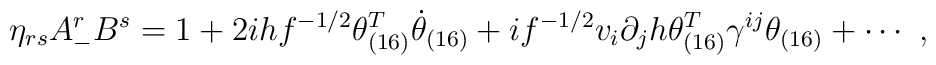
\eta_{rs} A^r_- B^s = 1 + 2ih f^{-1/2}\theta^T_{(16)} \dot{\theta}_{(16)}+ i f^{-1/2} v_i \partial_j h \theta^T_{(16)} \gamma^{ij} \theta_{(16)} + \cdots ~,